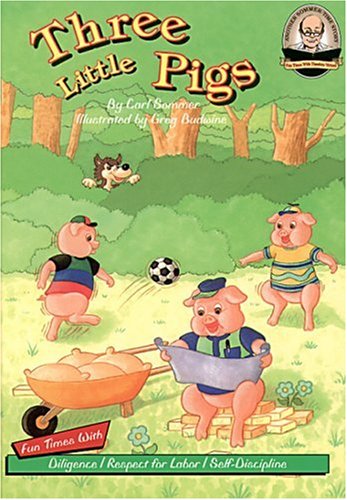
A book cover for Another Sommer-Time Story: Three Little Pigs; Carl Sommer; Children's Books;